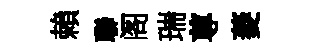
賴聯阁瑞尊菱